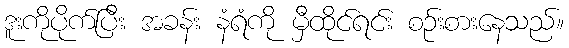
ဒူးကိုပိုက်ပြီး အခန်း နံရံကို မှီထိုင်ရင်း စဉ်းစားနေသည်။